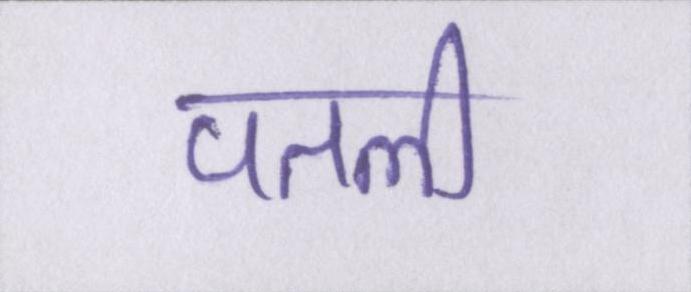
पतली